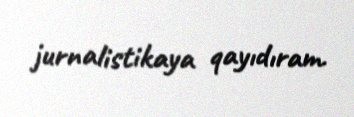
jurnalistikaya qayıdıram.